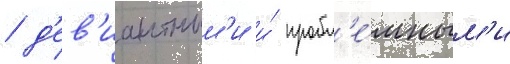
/ д'ев'иантным'и и́ пробл'е́мным'и